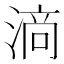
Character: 𱧥